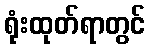
ရုံးထုတ်ရာတွင်